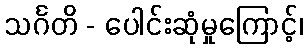
သင်္ဂတိ - ပေါင်းဆုံမှုကြောင့်၊